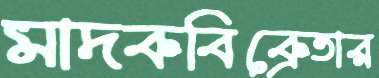
মাদকবিক্রেতার